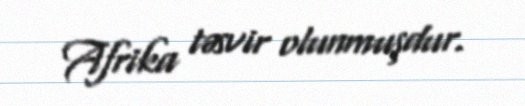
Afrika təsvir olunmuşdur.